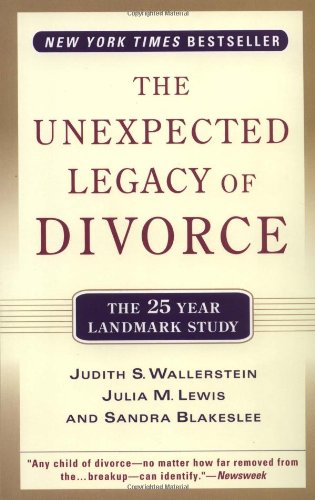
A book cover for The Unexpected Legacy of Divorce: The 25 Year Landmark Study; Judith S. Wallerstein; Parenting & Relationships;